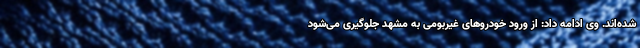
شده‌اند. وی ادامه داد: از ورود خودروهای غیربومی به مشهد جلوگیری می‌شود